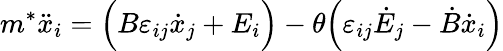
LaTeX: m^{*}\ddot{x}_{i}=\Big(B\varepsilon_{ij}\dot{x}_{j}+E_{i}\Big)-\theta\Big(\varepsilon_{ij}\dot{E}_{j}-\dot{B}\dot{x}_{i}\Big)